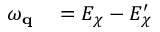
\begin{array} { r l } { \omega _ { \mathbf { q } } } & { { } = E _ { \chi } - E _ { \chi } ^ { \prime } } \end{array}